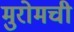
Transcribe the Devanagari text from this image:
मुरोमची